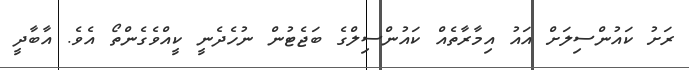
ރަށު ކައުންސިލަށް އައު އިމާރާތެއް ކައުންސިލްގެ ބަޖެޓުން ނުހެދެނީ ކީއްވެގެންތޯ އެވެ. އާބާދީ